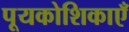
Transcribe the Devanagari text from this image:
पूयकोशिकाएँ